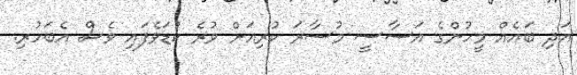
އަދި ބައެއް މީހުންގެ އަސާސީ މުސާރަ ކުރިއަށް ވުރެ ކުޑަވެފައި ވެސް އެބަހުރި.